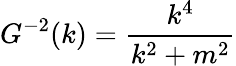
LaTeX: G^{-2}(k)=\frac{k^{4}}{k^{2}+m^{2}}